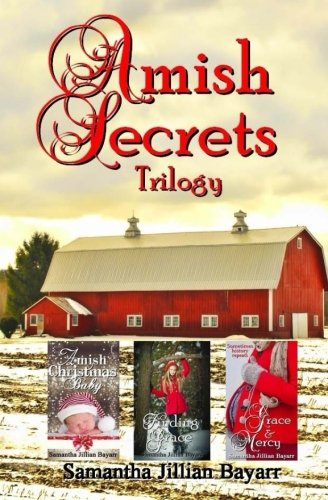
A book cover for Amish Secrets: Trilogy; samantha Jillian Bayarr; Christian Books & Bibles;